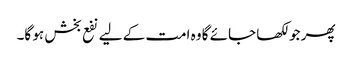
پھر جو لکھا جائے گا وہ امت کے لیے نفع بخش ہو گا۔